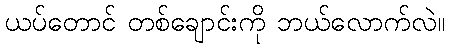
ယပ်တောင် တစ်ချောင်းကို ဘယ်လောက်လဲ။